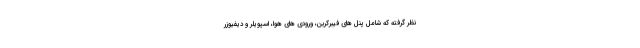
نظر گرفته که شامل پنل های فیبرکربن، ورودی های هوا، اسپویلر و دیفیوزر